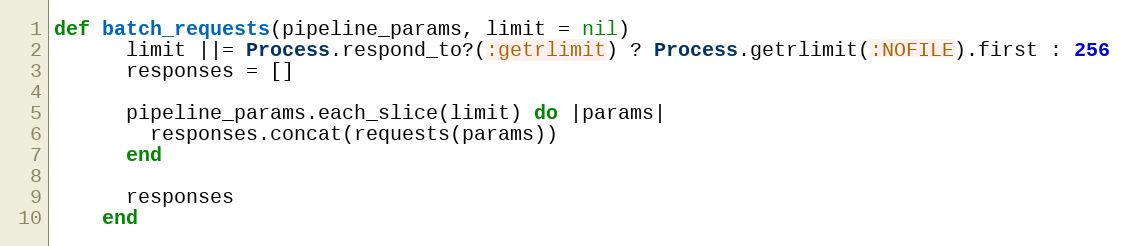
Language: Ruby
def batch_requests(pipeline_params, limit = nil)
      limit ||= Process.respond_to?(:getrlimit) ? Process.getrlimit(:NOFILE).first : 256
      responses = []

      pipeline_params.each_slice(limit) do |params|
        responses.concat(requests(params))
      end

      responses
    end